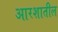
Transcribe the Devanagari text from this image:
आरशातील